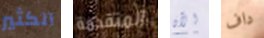
الكثير المتقدمة الآن داف